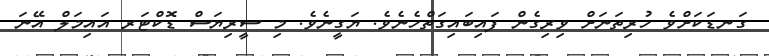
ގަނޑަކަށްވެ ހުރިތަނަށް ވިރިގެން ފައިބައިގަތްހެނެވެ. ޔަގީނެވެ. މި ސީރިޔަސް ޑޮކްޓަރ އައިމަލް އޭނަ